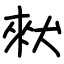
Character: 猌